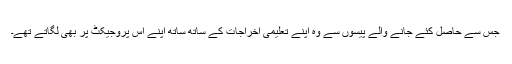
جس سے حاصل کئے جانے والے پیسوں سے وہ اپنے تعلیمی اخراجات کے ساتھ ساتھ اپنے اس پروجیکٹ پر بھی لگاتے تھے۔